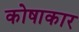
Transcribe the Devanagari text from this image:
कोषाकार